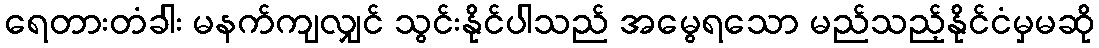
ရေတားတံခါး မနက်ကျလျှင် သွင်းနိုင်ပါသည် အမွေရသော မည်သည့်နိုင်ငံမှမဆို